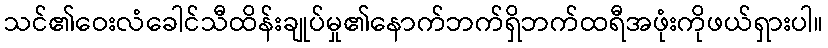
သင်၏ဝေးလံခေါင်သီထိန်းချုပ်မှု၏နောက်ဘက်ရှိဘက်ထရီအဖုံးကိုဖယ်ရှားပါ။